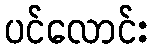
ပင်လောင်း